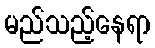
မည်သည့်နေရာ